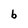
Character: b